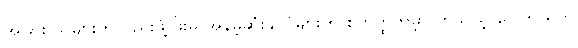
အခြား သူများကလည်းဖွံ့ဖြိုးမှု အနိမ့်ဆုံးနိုင်ငံများကို စတုတ္ထကမ္ဘာ ဟူသည့် ဝေါဟာရကို